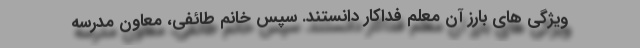
ویژگی های بارز آن معلم فداکار دانستند. سپس خانم طائفی، معاون مدرسه